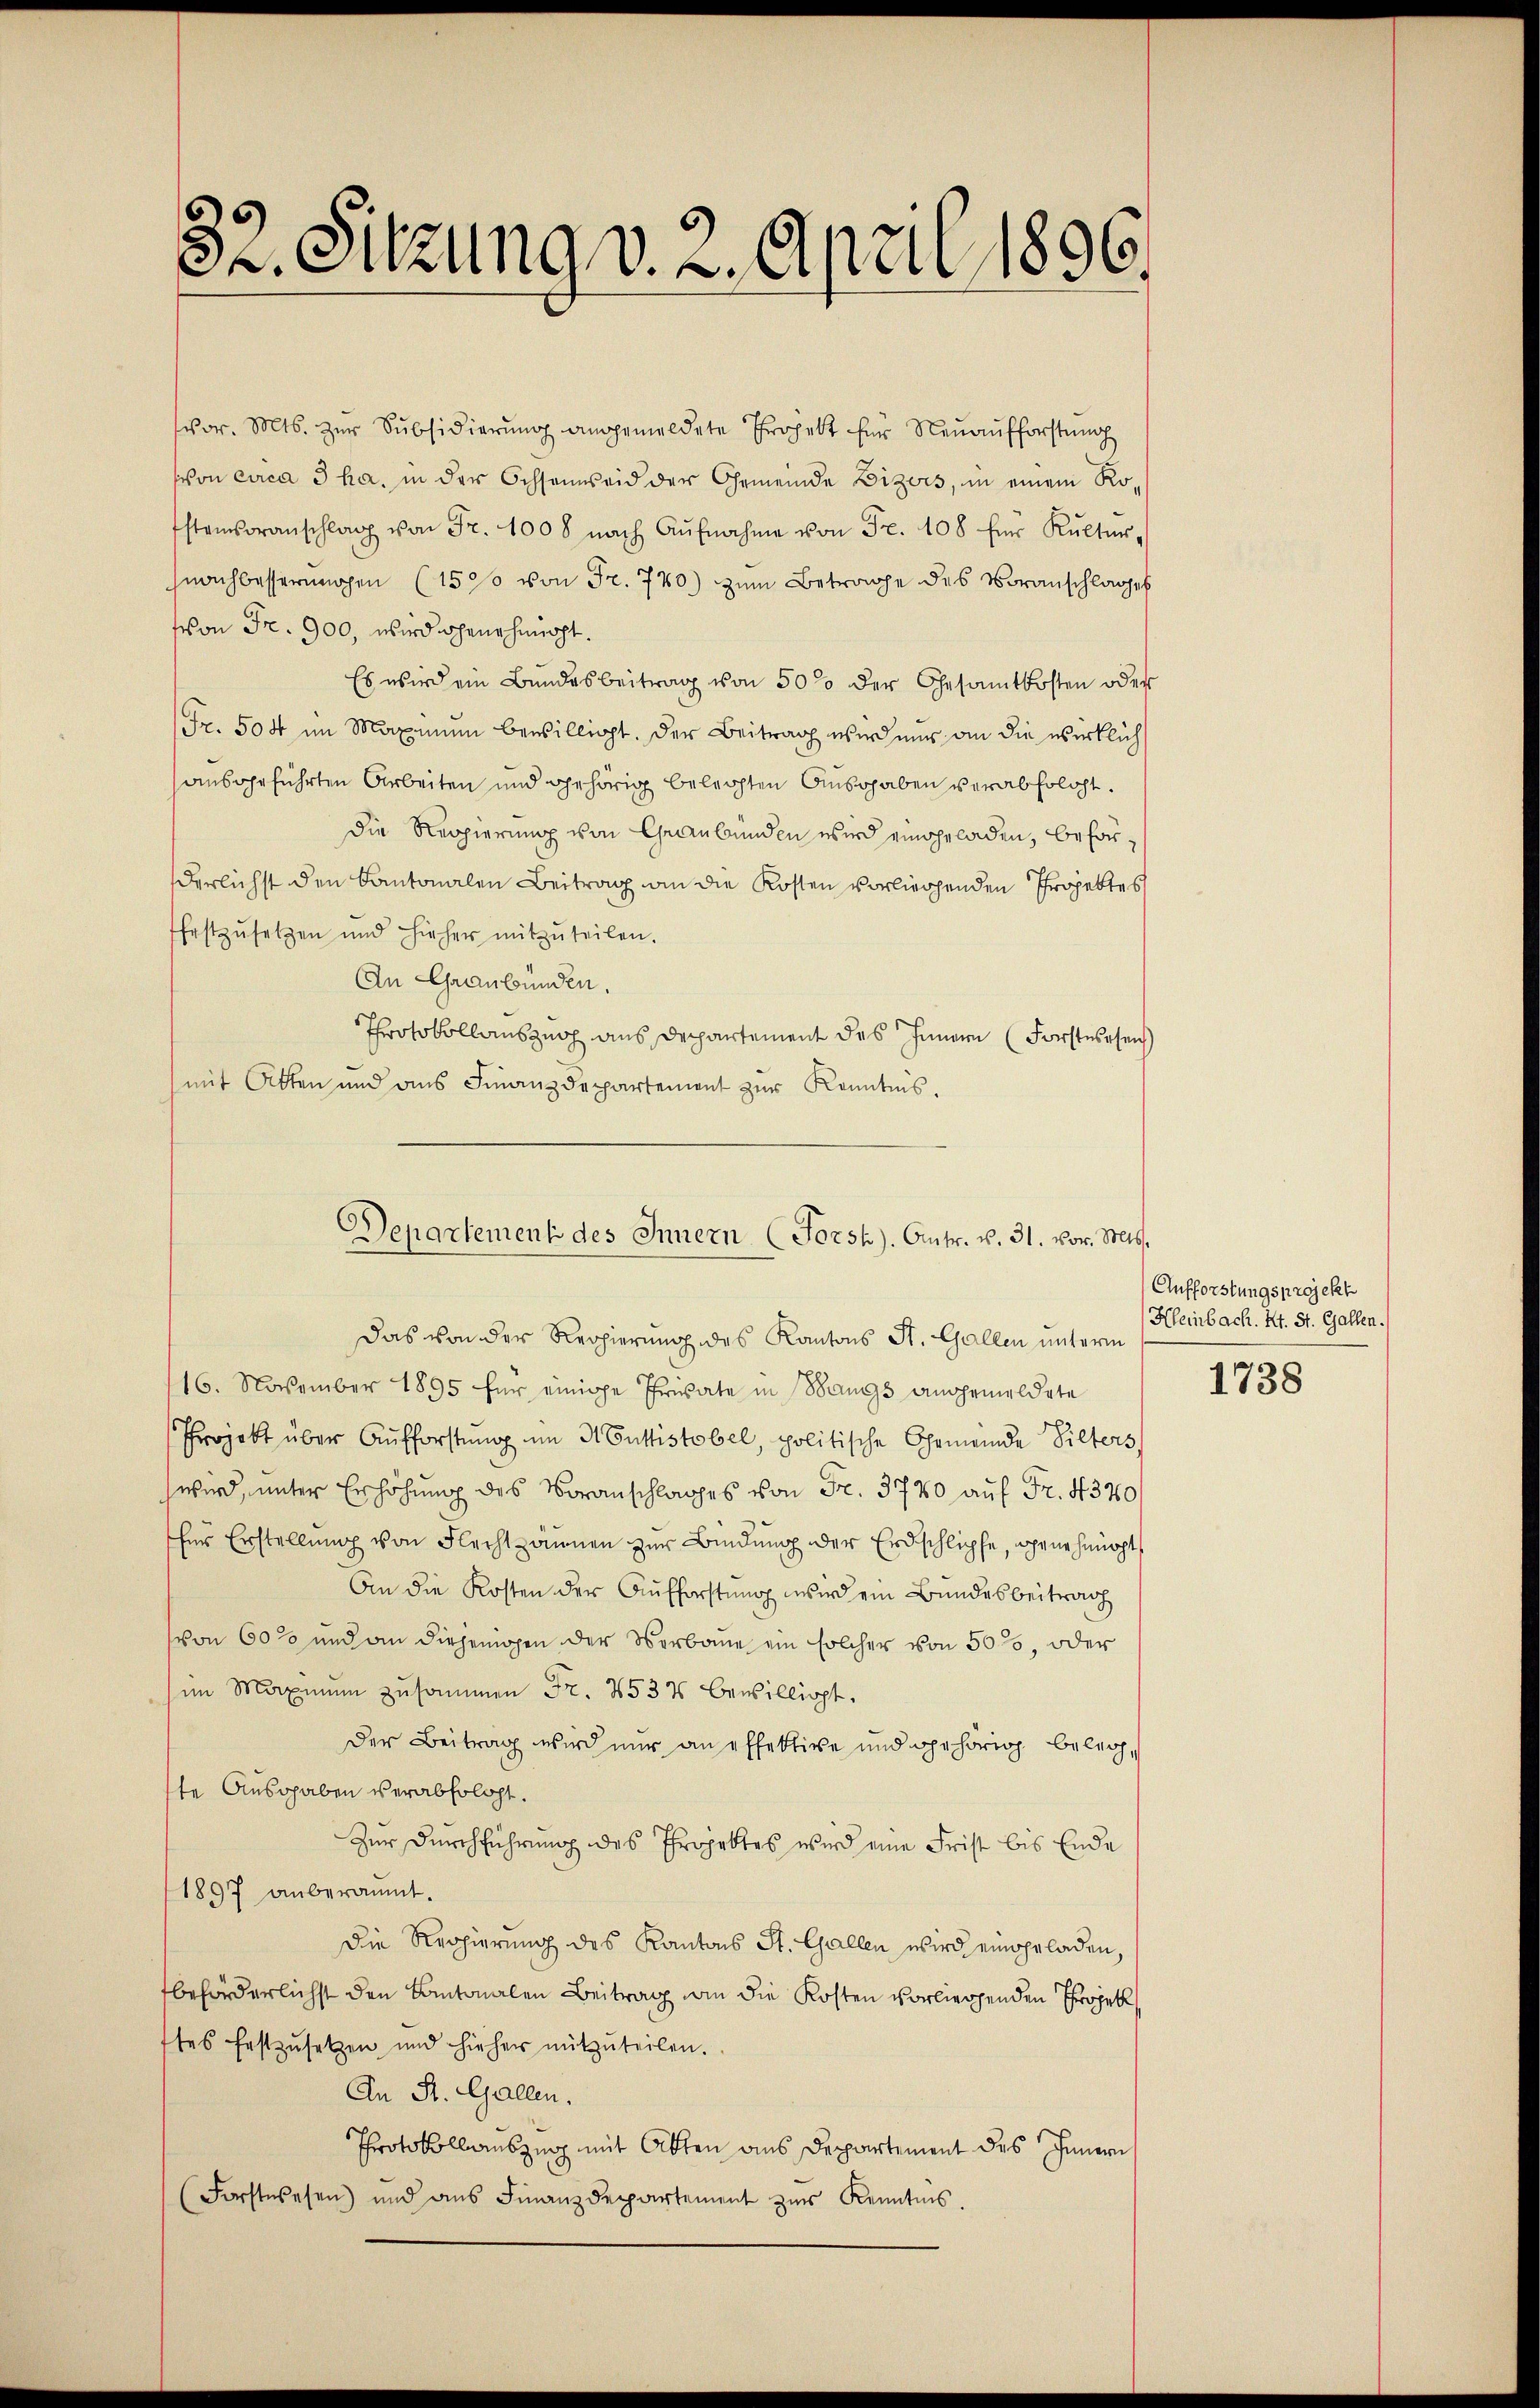
32. Sitzung v. 2. April 1896.

vor. Mts. zŭr Subsidierŭng angemeldete Tropelt für Neŭaŭfforstŭng
von circa 3 ha. in der Ochsanweid der Gemeinde Bizers, in einem Ro-
stensoranschlag von Fr. 1008 nach Aŭfnahme von Fr. 108 für Kultur,
snachbesserungen (1509 von Fr. 720) zum Betrage des Voranschlages
fvon Fr. 900, wird genehmigt.
Es wird ein Bundesbeitrag von 50% der Gesamtkosten oder
Fr. 504 im Maximŭm bewilligt. Der Beitrag wird nur an die wirklich
sausgeführten Arbeiten und gehörig belechten Ausgaben verabfolgt.
die Reppierung von Graubünden wird eingeladen, beförderlichst den Kantonalen Beitrag an die Kosten vorliegenden Projektes
festzŭsetzen und hieher mitzŭteilen.
An Graubünden.
Throtokollauszug aus Departement des Innern (Forstessen
mit Atten und ans Finanzdepartement zur Kenntnis.
Das von der Regierung des Kantons St. Gallen unterm
16. November 1895 für einige Private in sangs angemeldete
Projekt über Aufforstŭng im H Cuttistobel, politische Gemeinde Silters,
wird, unter Erhöhung des Voranschlages von Fr. 3720 auf Fr. 4320/
für Erstellung von Flechtsannen zur Bindung der Erdschlipfe, jene heucht
An die Kosten der Aufforstung wird ein Bundesbeitrag
von 60% und an diejenigen der Norbaue ein solcher von 50, oder
im Maximum zusammen Fr. 253% bewilligt.
Der Beitrag wird nur an effektive und gehörig belegte Ausgaben verabfolgt.
Zur Durchführung des Projektes wird eine Frist bis Ende
1897 anberaumt.
Die Regierung des Kantons St. Gallen wird eingeladen,
beförderlichst den Kantonalen Beitrag an die Kosten vorliegenden Projek
ftes festzŭsetzen und hieher mitzŭteilen.
An St. Gallen.
Protokollauszug mit Akten aus Departement des Innern
(Forstwesen und ans Finanzdepartement zur Kenntnis.

Departement des Innern (Forst). Antr. v. 31. vor. Mts.

Aufforstungsprojekt
Kleinbach. Kt. St. Gallen.
1738